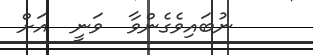
ނުބައިވެގެންވާ  ވަނީ  އަށް